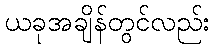
ယခုအချိန်တွင်လည်း